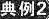
典例2